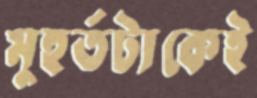
মুহূর্তটাকেই